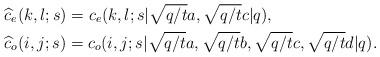
LaTeX: \begin{align*}&\widehat{c}_e(k,l;s)=c_e(k,l;s|\sqrt{q/t}a,\sqrt{q/t}c|q),\\&\widehat{c}_o(i,j; s)=c_o(i,j;s|\sqrt{q/t}a,\sqrt{q/t}b,\sqrt{q/t}c,\sqrt{q/t}d|q).\end{align*}